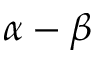
\alpha - \beta